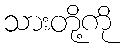
သားတို့ကို